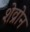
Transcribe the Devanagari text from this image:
शेव्रोन